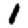
Digit: 1